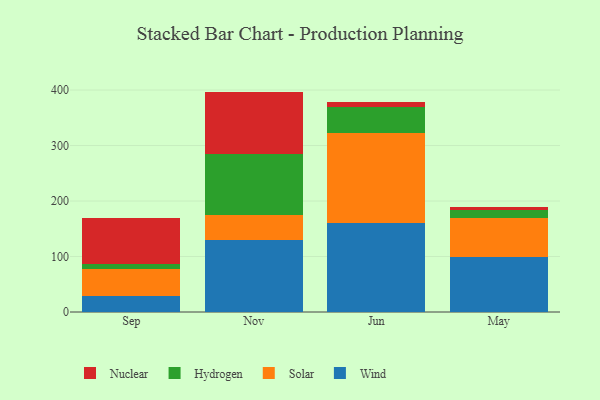
{"axis": {"x": "Month", "y": "Page Views"}, "legend": ["Hydrogen", "Nuclear", "Solar", "Wind"], "data": [{"x": "Sep", "y": 29.4, "type": "Wind"}, {"x": "Sep", "y": 48.4, "type": "Solar"}, {"x": "Sep", "y": 9.4, "type": "Hydrogen"}, {"x": "Sep", "y": 83.0, "type": "Nuclear"}, {"x": "Nov", "y": 129.3, "type": "Wind"}, {"x": "Nov", "y": 45.1, "type": "Solar"}, {"x": "Nov", "y": 109.6, "type": "Hydrogen"}, {"x": "Nov", "y": 113.2, "type": "Nuclear"}, {"x": "Jun", "y": 160.7, "type": "Wind"}, {"x": "Jun", "y": 161.5, "type": "Solar"}, {"x": "Jun", "y": 47.8, "type": "Hydrogen"}, {"x": "Jun", "y": 8.1, "type": "Nuclear"}, {"x": "May", "y": 98.5, "type": "Wind"}, {"x": "May", "y": 71.4, "type": "Solar"}, {"x": "May", "y": 14.4, "type": "Hydrogen"}, {"x": "May", "y": 5.2, "type": "Nuclear"}]}